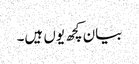
بیان کچھ یوں ہیں۔